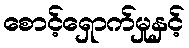
စောင့်ရှောက်မှုနှင့်